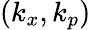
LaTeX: (k_{x},k_{p})